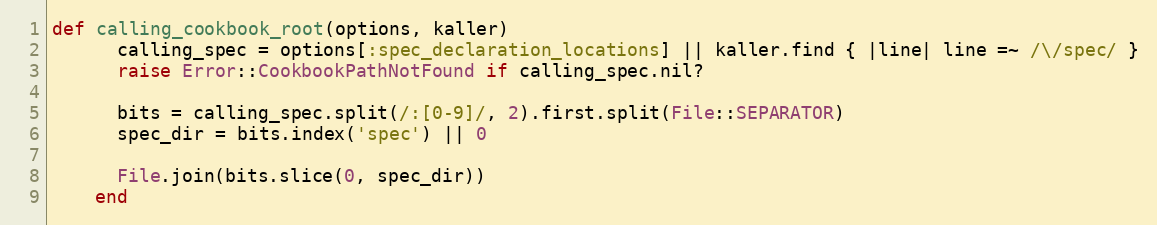
Language: Ruby
def calling_cookbook_root(options, kaller)
      calling_spec = options[:spec_declaration_locations] || kaller.find { |line| line =~ /\/spec/ }
      raise Error::CookbookPathNotFound if calling_spec.nil?

      bits = calling_spec.split(/:[0-9]/, 2).first.split(File::SEPARATOR)
      spec_dir = bits.index('spec') || 0

      File.join(bits.slice(0, spec_dir))
    end